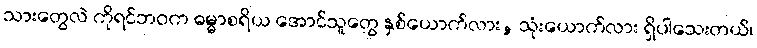
သားတွေလဲ ကိုရင်ဘဝက ဓမ္မာစရိယ အောင်သူတွေ နှစ်ယောက်လား, သုံးယောက်လား ရှိပါသေးတယ်၊